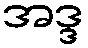
အဒ္ဒ